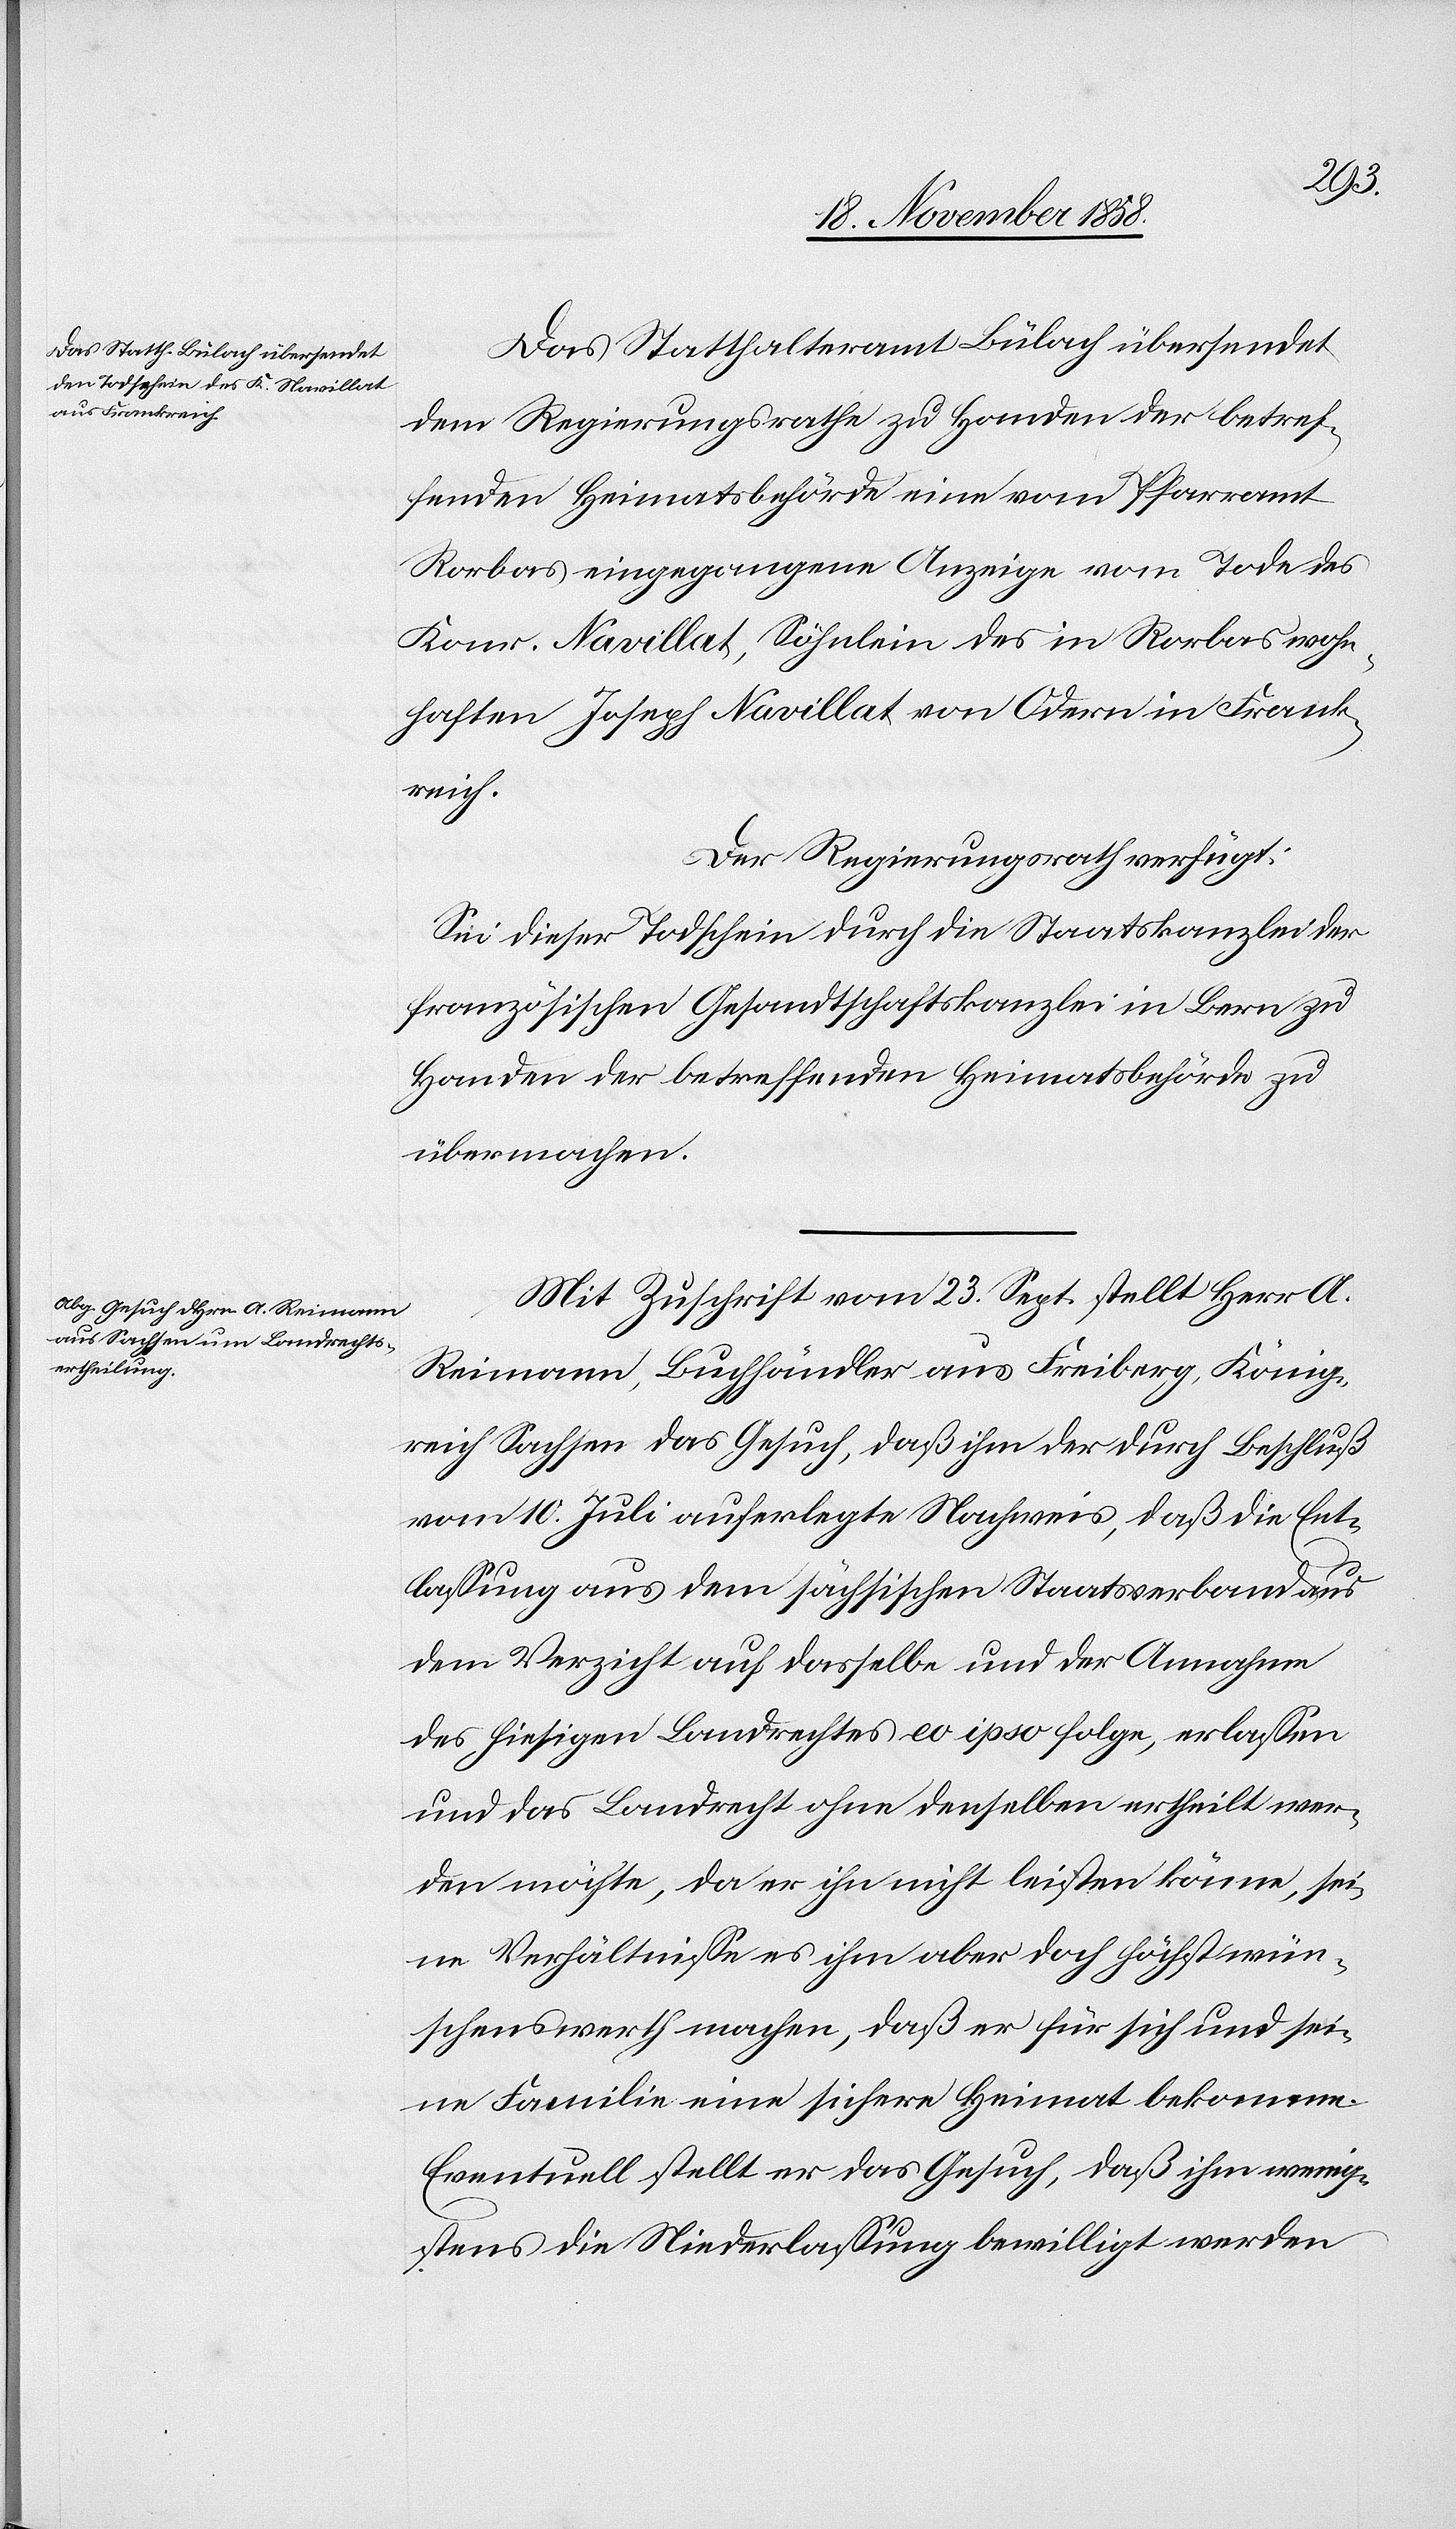
Das Statthalteramt Bülach übersendet
dem Regierungsrathe zu Handen der betref¬
fenden Heimatsbehörde eine vom Pfarramt
Rorbas eingegangene Anzeige vom Tode des
Konr. Navillat, Söhnlein des in Rorbas wohn¬
haften Joseph Navillat von Odern in Frank¬
reich.
Der Regierungsrath verfügt:
Sei dieser Todschein durch die Staatskanzlei der
französischen Gesandtschaftskanzlei in Bern zu
Handen der betreffenden Heimatsbehörde zu
übermachen.
Mit Zuschrift vom 23. Sept. stellt Herr A.
Reimann, Buchhändler aus Freiberg, König¬
reich Sachsen das Gesuch, daß ihm der durch Beschluß
vom 10. Juli auferlegte Nachweis, daß die Ent¬
lassung aus dem sächsischen Staatsverband aus
dem Verzicht auf dasselbe und der Annahme
des hiesigen Landrechtes eo ipso folge, erlassen
und das Landrecht ohne denselben ertheilt wer¬
den möchte, da er ihn nicht leisten könne, sei¬
ne Verhältnisse es ihm aber doch höchst wün¬
schenswerth machen, daß er für sich und sei¬
ne Familie eine sichere Heimat bekomme.
Eventuell stellt er das Gesuch, daß ihm wenig¬
stens die Niederlassung bewilligt werden